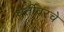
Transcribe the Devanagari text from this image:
धर्तीवरचे